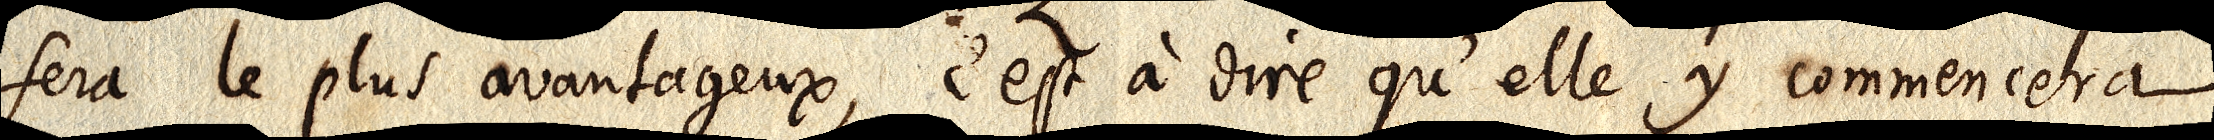
sera le plus avantageux, c’est à dire qu’elle y commencera